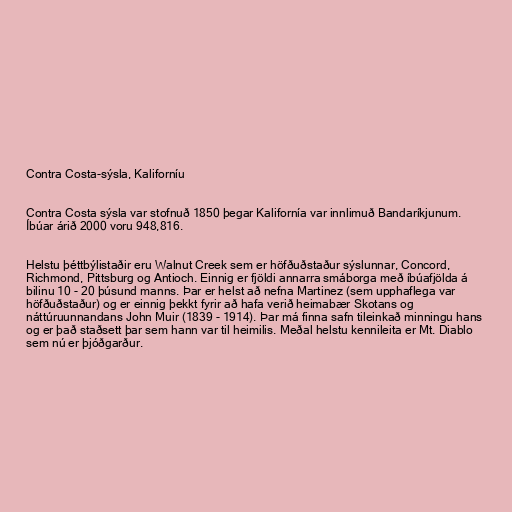
Contra Costa-sýsla, Kaliforníu

Contra Costa sýsla var stofnuð 1850 þegar Kalifornía var innlimuð Bandaríkjunum.
Íbúar árið 2000 voru 948,816.

Helstu þéttbýlistaðir eru Walnut Creek sem er höfðuðstaður sýslunnar, Concord,
Richmond, Pittsburg og Antioch. Einnig er fjöldi annarra smáborga með íbúafjölda á
bilinu 10 - 20 þúsund manns. Þar er helst að nefna Martinez (sem upphaflega var
höfðuðstaður) og er einnig þekkt fyrir að hafa verið heimabær Skotans og
náttúruunnandans John Muir (1839 - 1914). Þar má finna safn tileinkað minningu hans
og er það staðsett þar sem hann var til heimilis. Meðal helstu kennileita er Mt. Diablo
sem nú er þjóðgarður.